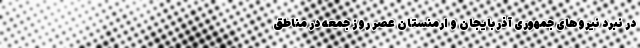
در نبرد نیروهای جمهوری آذربایجان و ارمنستان عصر روز جمعه در مناطق